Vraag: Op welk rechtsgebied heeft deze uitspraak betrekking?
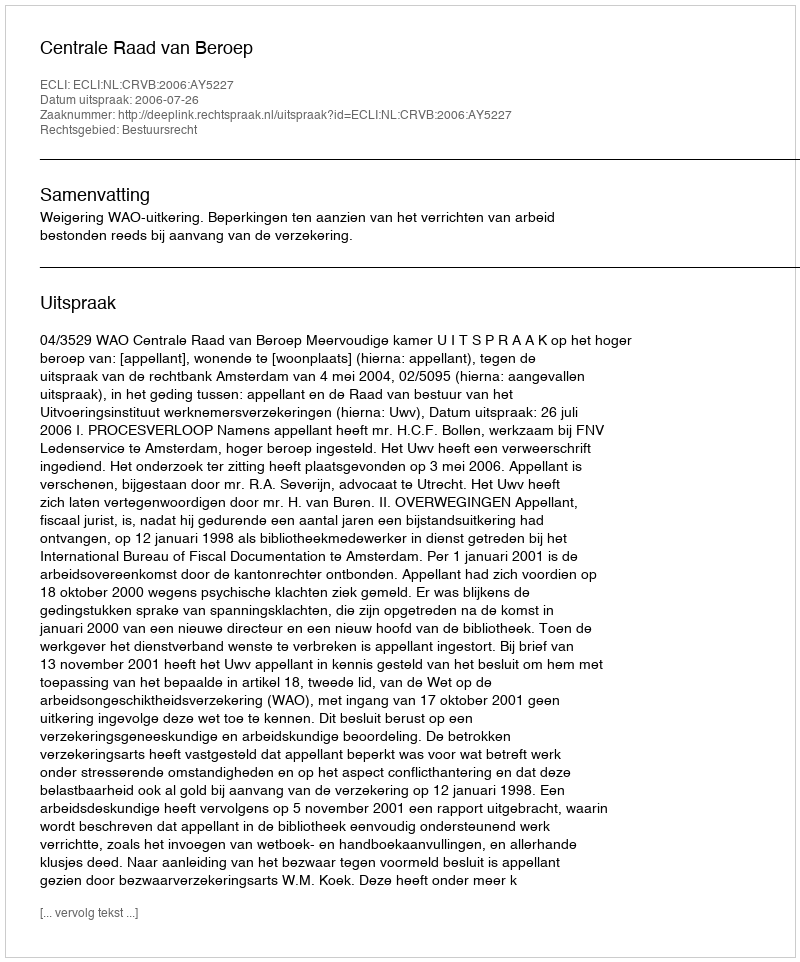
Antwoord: Bestuursrecht